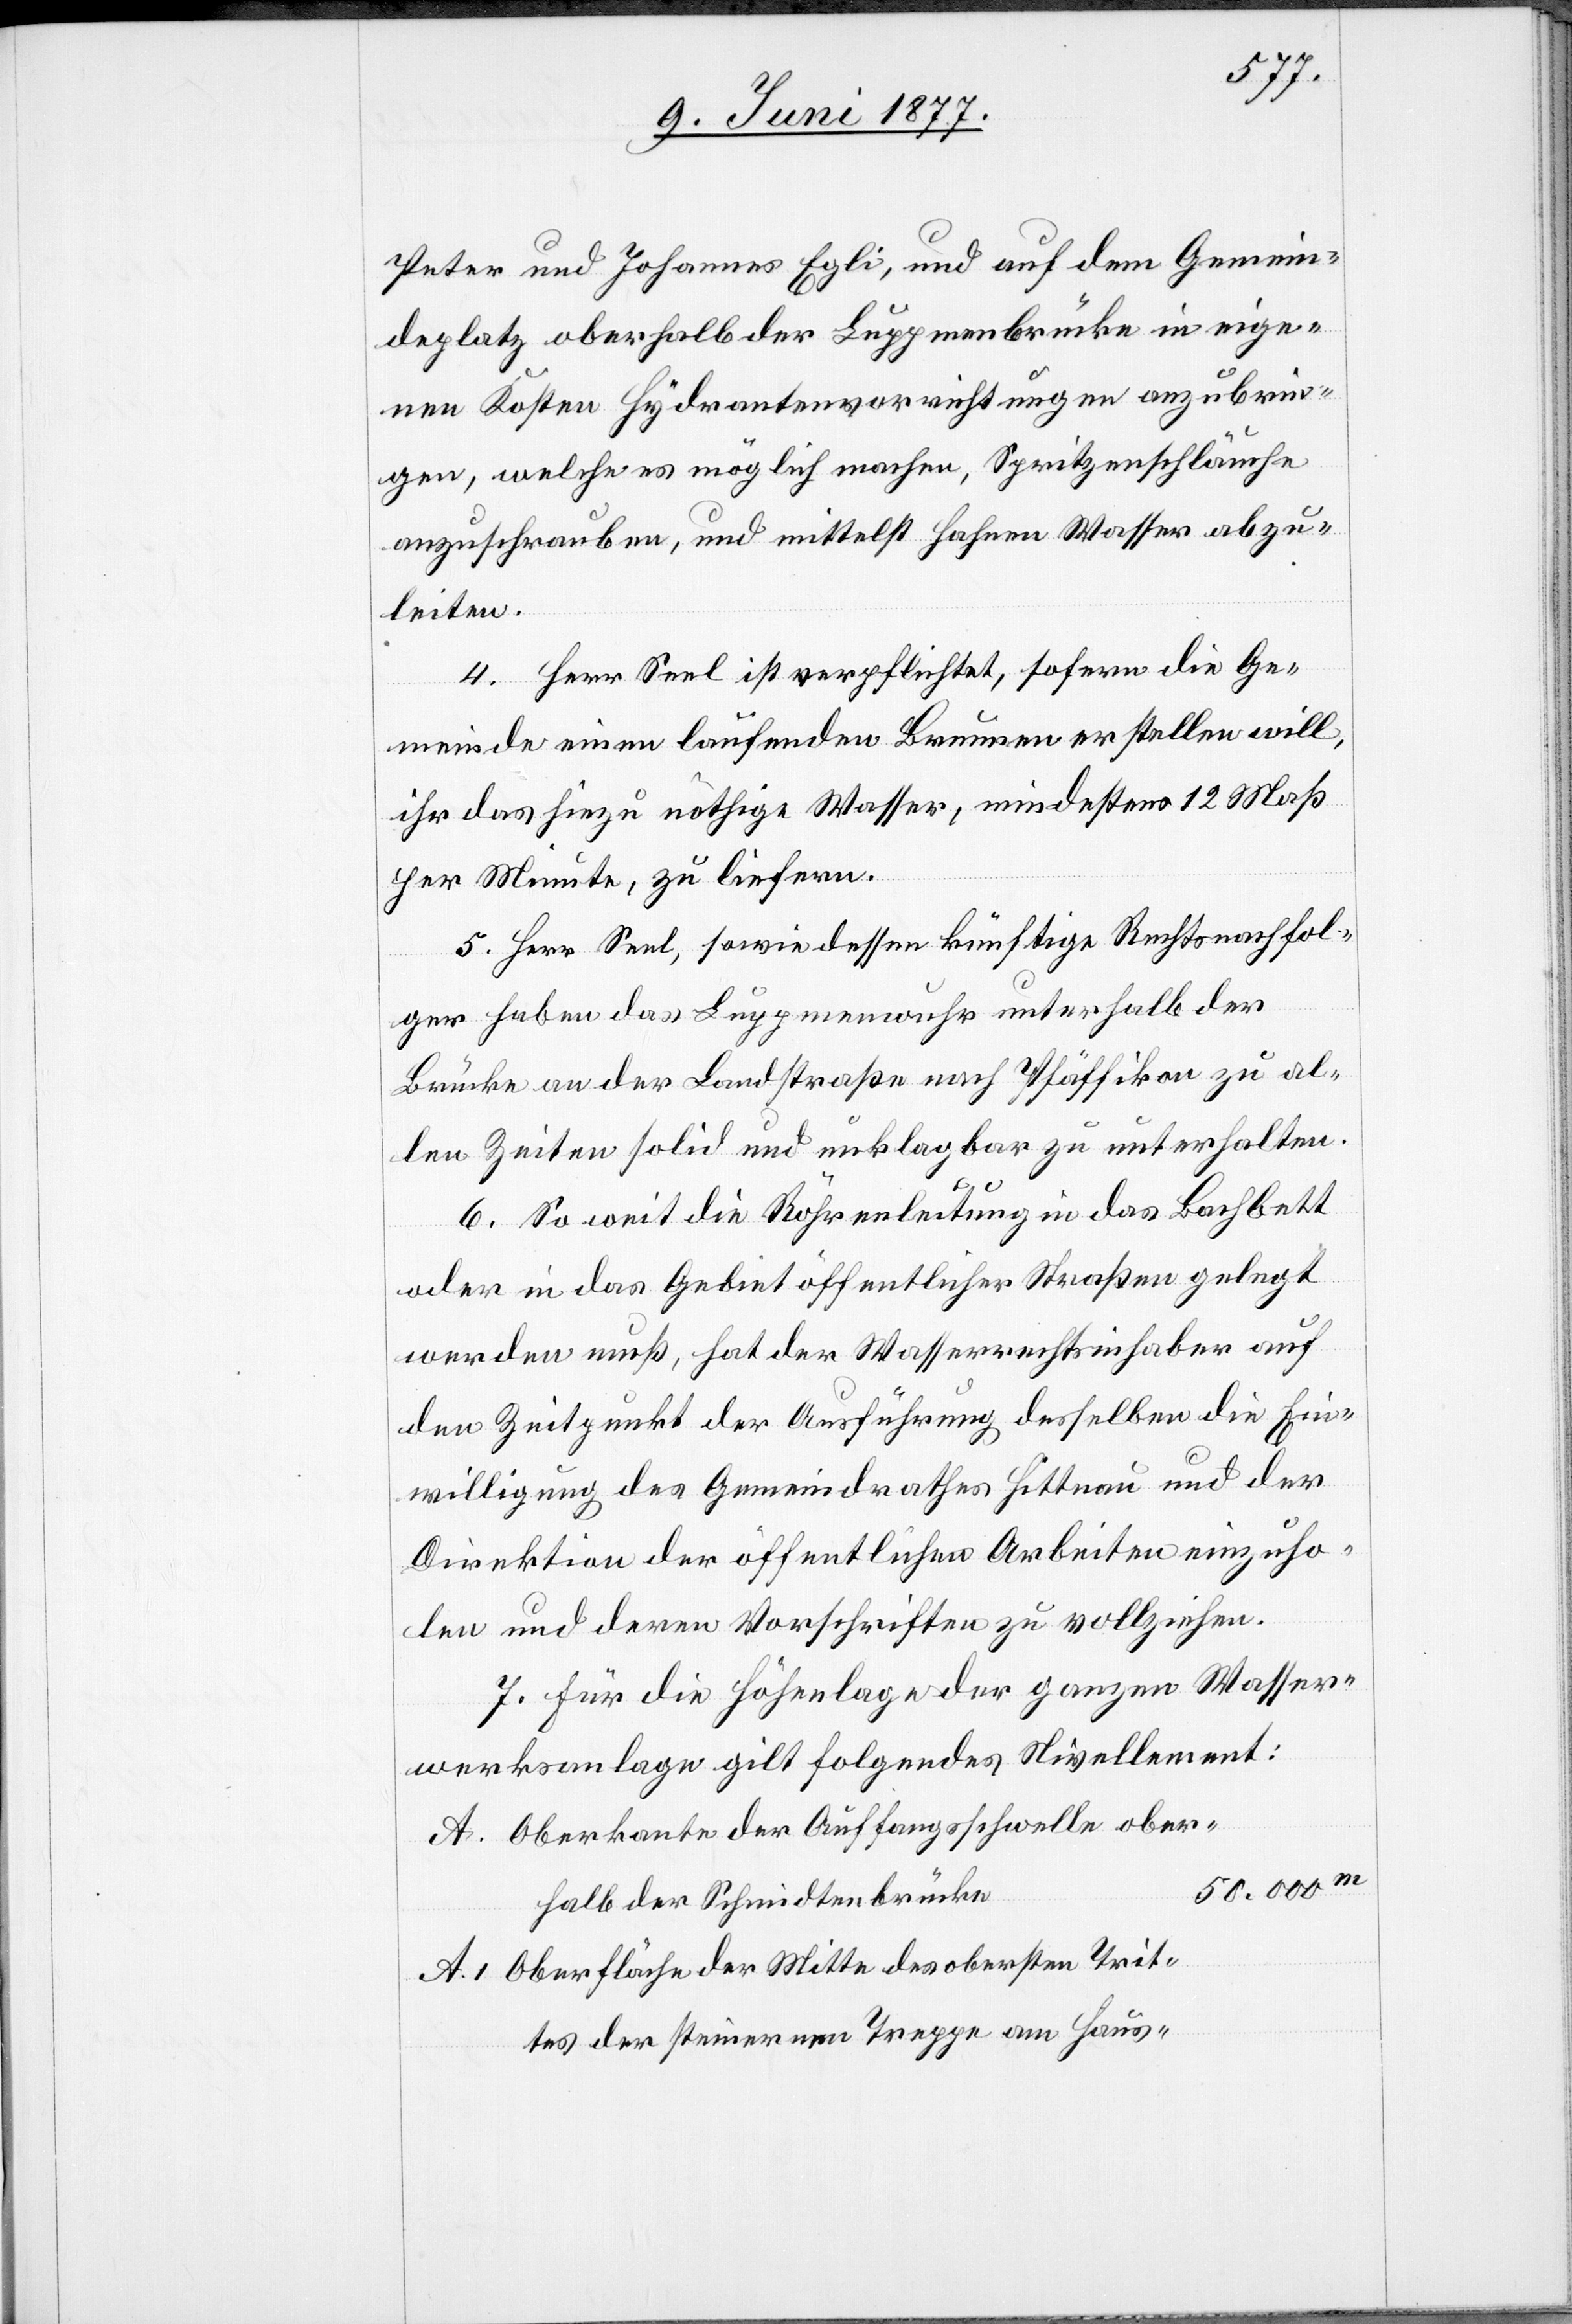
Peter und Johannes Egli, und auf dem Gemein¬
deplatz oberhalb der Luppmenbrücke in eige¬
nen Kosten Hydrantenvorrichtungen anzubrin¬
gen, welche es möglich machen, Spritzenschläuche
anzuschrauben, und mittelst Hahnen [sic!] Wasser abzu¬
leiten.
4. Herr Seel ist verpflichtet, sofern die Ge¬
meinde einen laufenden Brunnen erstellen will,
ihr das hiezu nöthige Wasser, mindestens 12 Maß
per Minute, zu liefern.
5. Herr Seel, sowie dessen künftige Rechtsnachfol¬
ger haben das Luppmenwuhr unterhalb der
Brücke an der Landstraße nach Pfäffikon zu al¬
len Zeiten solid und unklagbar zu unterhalten.
6. So weit die Röhrenleitung in das Bachbett
oder in das Gebiet öffentlicher Straßen gelegt
werden muß, hat der Wasserrechtsinhaber auf
den Zeitpunkt der Ausführung desselben die Ein¬
willigung des Gemeindrathes Hittnau und der
Direktion der öffentlichen Arbeiten einzuho¬
len und deren Vorschriften zu vollziehen.
7. Für die Höhenlage der ganzen Wasser¬
werksanlage gilt folgendes Nivellement:
Oberkante der Auffangsschwelle ober¬
halb der Schmidtenbrücke
Oberfläche der Mitte des obersten Trit¬
tes der steinernen Treppe am Haus-